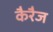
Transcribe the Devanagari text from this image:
कैरैज